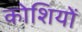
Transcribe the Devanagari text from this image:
कोशियों